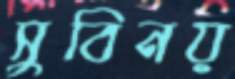
সুবিনয়